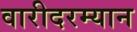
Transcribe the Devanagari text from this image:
वारीदरम्यान